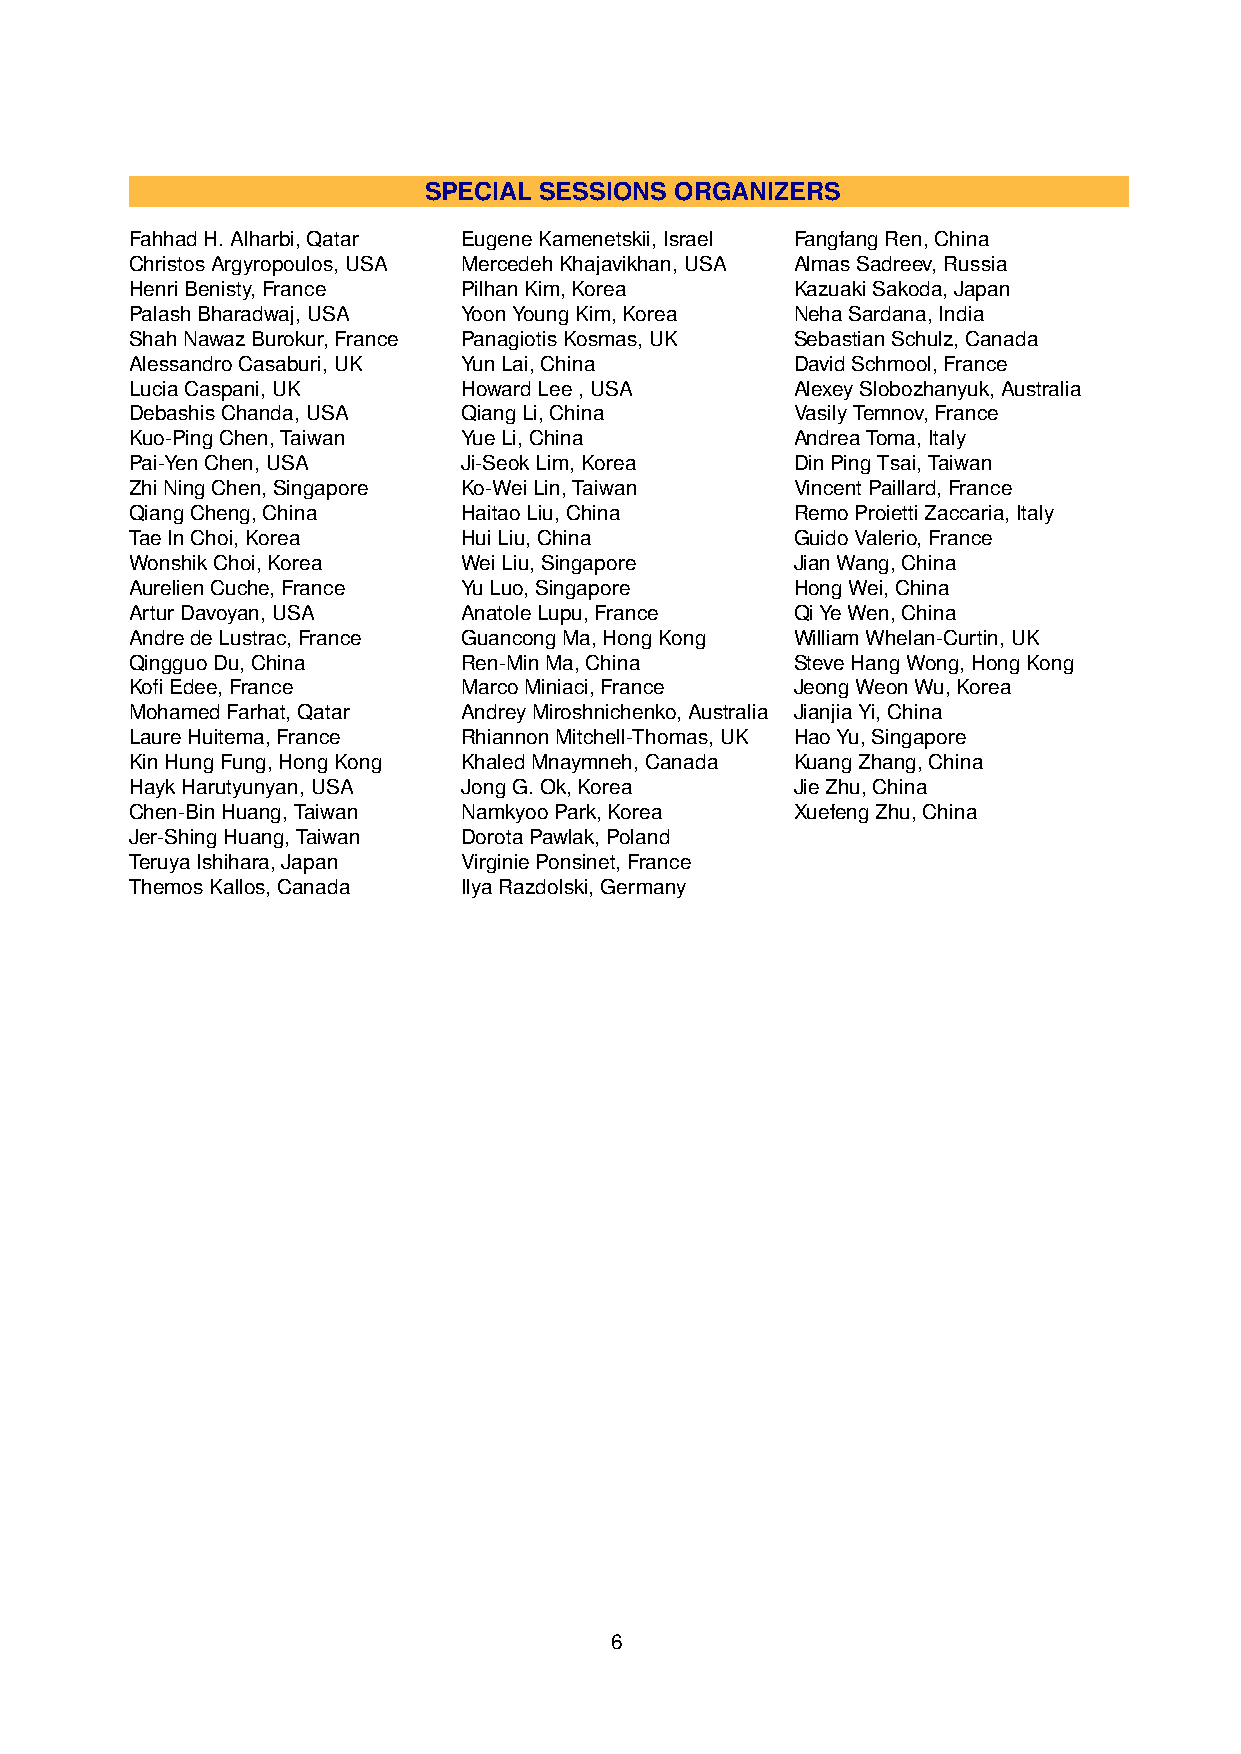
SPECIAL SESSIONS ORGANIZERS
 FahhadH.Alharbi,Qatar EugeneKamenetskii,Israel FangfangRen,China
 ChristosArgyropoulos,USA MercedehKhajavikhan,USA AlmasSadreev,Russia
 HenriBenisty,France   PilhanKim,Korea       KazuakiSakoda,Japan
 PalashBharadwaj,USA   YoonYoungKim,Korea    NehaSardana,India
 ShahNawazBurokur,France PanagiotisKosmas,UK SebastianSchulz,Canada
 AlessandroCasaburi,UK YunLai,China          DavidSchmool,France
 LuciaCaspani,UK       HowardLee,USA         AlexeySlobozhanyuk,Australia
 DebashisChanda,USA    QiangLi,China         VasilyTemnov,France
 Kuo-PingChen,Taiwan   YueLi,China           AndreaToma,Italy
 Pai-YenChen,USA       Ji-SeokLim,Korea      DinPingTsai,Taiwan
 ZhiNingChen,Singapore Ko-WeiLin,Taiwan      VincentPaillard,France
 QiangCheng,China      HaitaoLiu,China       RemoProiettiZaccaria,Italy
 TaeInChoi,Korea       HuiLiu,China          GuidoValerio,France
 WonshikChoi,Korea     WeiLiu,Singapore      JianWang,China
 AurelienCuche,France  YuLuo,Singapore       HongWei,China
 ArturDavoyan,USA      AnatoleLupu,France    QiYeWen,China
 AndredeLustrac,France GuancongMa,HongKong   WilliamWhelan-Curtin,UK
 QingguoDu,China       Ren-MinMa,China       SteveHangWong,HongKong
 KofiEdee,France       MarcoMiniaci,France   JeongWeonWu,Korea
 MohamedFarhat,Qatar   AndreyMiroshnichenko,Australia JianjiaYi,China
 LaureHuitema,France   RhiannonMitchell-Thomas,UK HaoYu,Singapore
 KinHungFung,HongKong  KhaledMnaymneh,Canada KuangZhang,China
 HaykHarutyunyan,USA   JongG.Ok,Korea        JieZhu,China
 Chen-BinHuang,Taiwan  NamkyooPark,Korea     XuefengZhu,China
 Jer-ShingHuang,Taiwan DorotaPawlak,Poland
 TeruyaIshihara,Japan  VirginiePonsinet,France
 ThemosKallos,Canada   IlyaRazdolski,Germany
 6